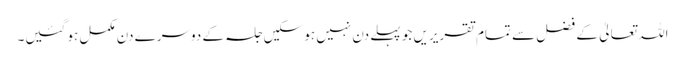
اللہ تعالیٰ کے فضل سے تمام تقریریں جو پہلے دن نہیں ہو سکیں جلسہ کے دوسرے دن مکمل ہو گئیں۔